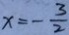
x = - \frac { 3 } { 2 }